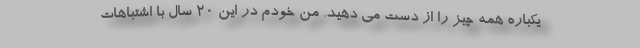
یکباره همه چیز را از دست می دهید. من خودم در این 20 سال با اشتباهات